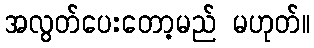
အလွတ်ပေးတော့မည် မဟုတ်။